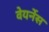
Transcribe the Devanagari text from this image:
वेयर्नेस